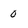
Character: 0